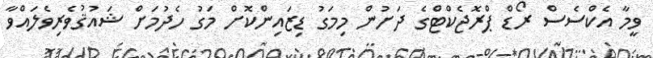
ވީމާ އެކްސެސް ރޯޑް ޕްރޮޖެކްޓްގެ ދަށުން މިމަގު ޑިޒައިންކޮށް މަގު ހެދުމަށް ޝައުޤުވެރިވެލައްވާ